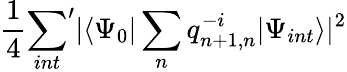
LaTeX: \frac 14{\sum_{int}}^{\prime}|\langle\Psi_{0}|\sum_{n}q_{n+1,n}^{-i}|\Psi_{int}\rangle|^{2}